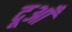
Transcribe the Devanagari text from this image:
दूआँ